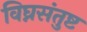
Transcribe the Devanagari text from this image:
विघ्नसंतुष्ट